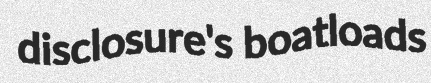
disclosure's boatloads